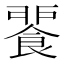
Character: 𩜕